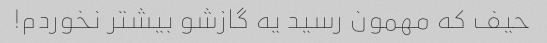
حیف که مهمون رسید یه گازشو بیشتر نخوردم!